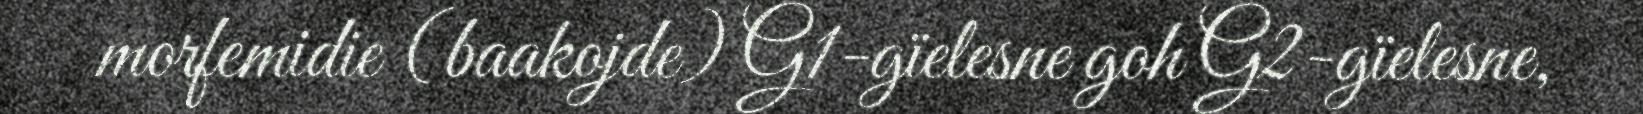
morfemidie (baakojde) G1-gïelesne goh G2-gïelesne,